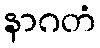
နာဂတံ